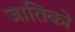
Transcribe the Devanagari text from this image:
जातिको